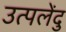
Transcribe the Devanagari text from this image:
उत्पलेंदु